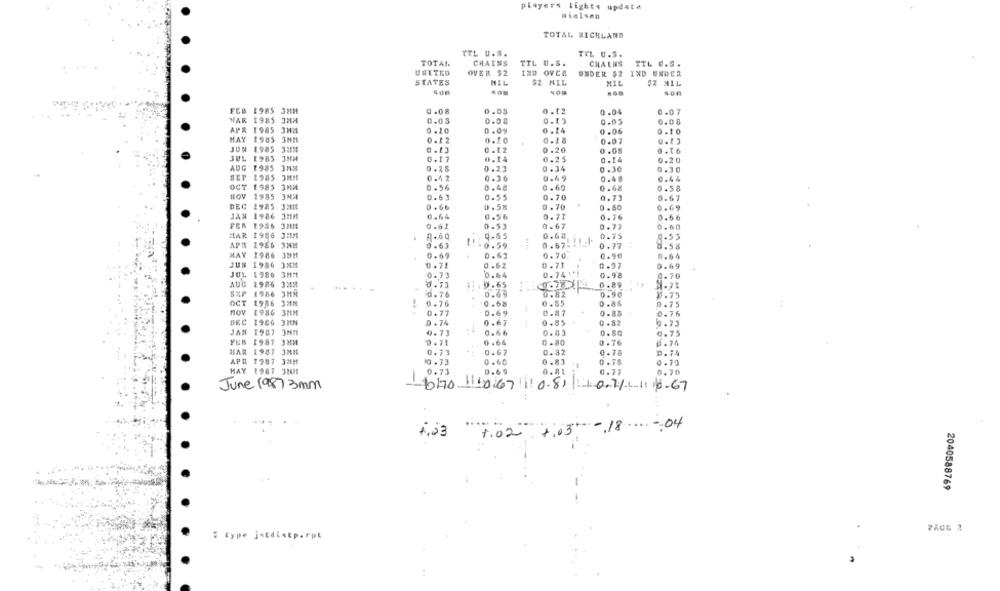
players lights update
nielsen
TOTAL RICHLAND
TTL U.S.
TTL 0.5.
TOTAL
CHAINS
TTL U.S.
CHAINS
TTL C.S .
UNITED
OVER $2
IZD OVER
UNDER $2 IND UNDER
STATES
MIL
$2 MIL
MIL
$2 M11
FEB
1985 32M
0.08
0.03
0.12
0.04
0.07
VAR
1985
0.03
0.00
0.13
0.05
0.08
1985
0.10
0.20
0.09
0.24
0.06
MAY
1985
0.12
0.18
0.07
1985
0.13
0.12
0 .20
0 .05
0.16
1985 3NM
0.17
0.14
0.25
0.14
0.20
AUG
1985
0. 25
0.23
0.34
0.30
0.30
1985
0.42
0.49
0.44
0.36
0.48
1 985
0.56
0.48
0.60
0.68
0.58
1985
0.63
0.55
0.70
0.73
0.67
DEC
1985
0 . 5%
0. 70
0.80
0.69
1986 3HH
0.64
0.56
0.71
0.76
0.66
PER
1986 32111
0 -61
0.53
0.67
0.72
0.60
1956 3IM
8.60
q-65
0.68
0.75
1986
0.63
!! - 0.59
0.67-
0.77
0.58
1986 3MM
0.69
0.69
0.70.
0.90
0.64
1986
0.71
0.62
0.73
0.97
0.69
1986
0.73
0.64
0.741 *!
0.98
0.70
AUC
1986
0.73
$1:0.65
0.89
1986
0.76
0.69
0.82
0.90
1.73
OCT
1986
0.76
0.68
0.85
0.86
0.75
nov
1986
3MM
0.77
0.69
0.81
0- 85
0.76
1986
0 . 74
0.67
0.85
0 -82
0.73
JAN
1987
0.73
0.66
0.83
0.80
0.75
1987
0.71
0 .64
0.80
0 .76
0. 74
TAR
1987 3MM
0.73
0.67
0.32
0.78
D. 74
APR
1987 3MM
0. 73
0.60
0 .83
-
0 . 78
0.73
MAY
1987 32821
0.73
D.69
0.81
0.77
0.70
June 1987 3mm
6170 1110 67 110.81 10.4 16.67
1.02 7:05-18-04
4,53
2040588769
PACK 2
: type j-Edistp.rpt